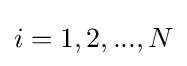
i=1,2,...,N